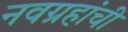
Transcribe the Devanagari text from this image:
नवग्रहांची